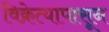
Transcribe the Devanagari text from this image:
विक्रेत्यापासून